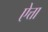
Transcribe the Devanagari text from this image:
ऐत्ता